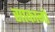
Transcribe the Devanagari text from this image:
साकानो